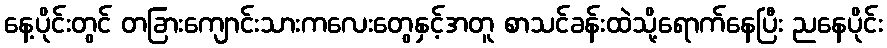
နေ့ပိုင်းတွင် တခြားကျောင်းသားကလေးတွေနှင့်အတူ စာသင်ခန်းထဲသို့ရောက်နေပြီး ညနေပိုင်း